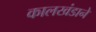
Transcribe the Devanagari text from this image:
कालखंडाने